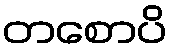
တစောပိ